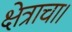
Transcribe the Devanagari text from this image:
क्षेत्राचा।